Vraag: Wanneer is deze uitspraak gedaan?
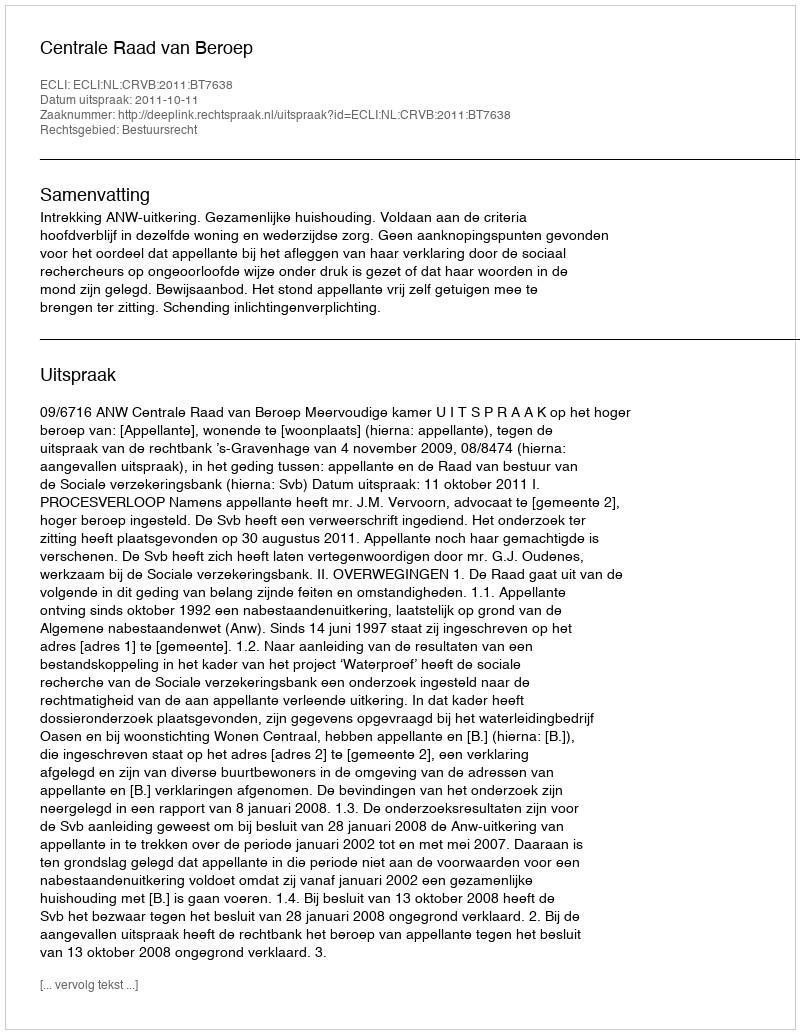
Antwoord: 2011-10-11